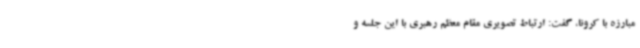
مبارزه با کرونا، گفت: ارتباط تصویری مقام معظم رهبری با این جلسه و